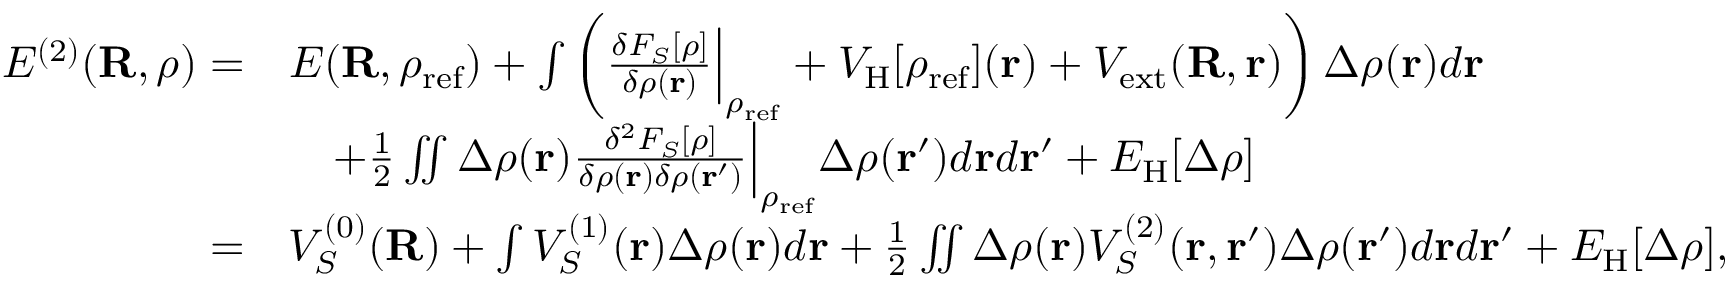
\begin{array} { r l } { E ^ { ( 2 ) } ( { \bf R } , \rho ) = } & { E ( { \bf R } , \rho _ { \mathrm { r e f } } ) + \int \left( \frac { \delta F _ { S } [ \rho ] } { \delta \rho ( { \bf r } ) } \Big \vert _ { \rho _ { \mathrm { r e f } } } + V _ { \mathrm { H } } [ \rho _ { \mathrm { r e f } } ] ( { \bf r } ) + V _ { \mathrm { e x t } } ( { \bf R , r } ) \right) \Delta \rho ( { \bf r } ) d { \bf r } } \\ & { ~ ~ ~ + \frac { 1 } { 2 } \iint \Delta \rho ( { \bf r } ) \frac { \delta ^ { 2 } F _ { S } [ \rho ] } { \delta \rho ( { \bf r } ) \delta \rho ( { \bf r ^ { \prime } } ) } \Big \vert _ { \rho _ { \mathrm { r e f } } } \Delta \rho ( { \bf r ^ { \prime } } ) d { \bf r } d { \bf r ^ { \prime } } + E _ { \mathrm { H } } [ \Delta \rho ] } \\ { = } & { V _ { S } ^ { ( 0 ) } ( { \bf R } ) + \int V _ { S } ^ { ( 1 ) } ( { \bf r } ) \Delta \rho ( { \bf r } ) d { \bf r } + \frac { 1 } { 2 } \iint \Delta \rho ( { \bf r } ) V _ { S } ^ { ( 2 ) } ( { \bf r , r ^ { \prime } } ) \Delta \rho ( { \bf r ^ { \prime } } ) d { \bf r } d { \bf r ^ { \prime } } + E _ { \mathrm { H } } [ \Delta \rho ] , } \end{array}